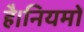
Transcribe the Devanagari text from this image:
है।नियमों